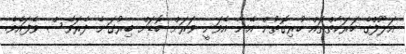
އަލޫފްގެ ހަރަކާތްތައް ހުރިގޮތުން އޭނާ އެވަނީ ވަރަށް ބޮޑަށް ބިރުގަނެ ދެރަވެސް ވެފައެވެ.